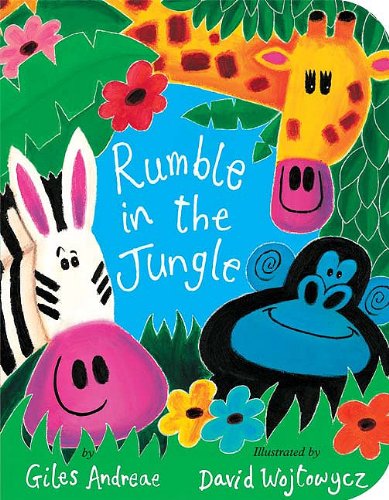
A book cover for Rumble in the Jungle; Giles Andreae; Children's Books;